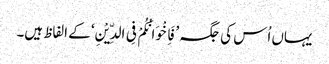
یہاں اُس کی جگہ ’فَاِخْوَانُکُمْ فِی الدِّیْنِ‘ کے الفاظ ہیں۔